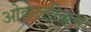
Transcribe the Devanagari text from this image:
ओकल्टीज़्म